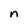
Character: n